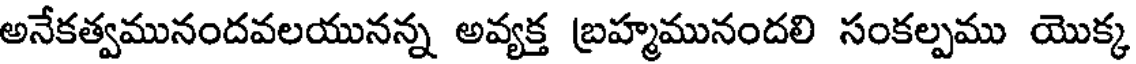
అనేకత్వమునందవలయునన్న అవ్యక్త బ్రహ్మమునందలి సంకల్పము యొక్క